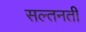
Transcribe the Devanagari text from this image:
सल्तनती